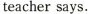
teacher says.